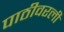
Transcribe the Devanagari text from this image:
पाठीवरली